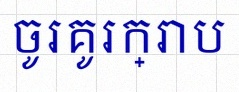
ចូរគូរក្រាប